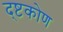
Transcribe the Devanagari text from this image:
द्ष्टकोण